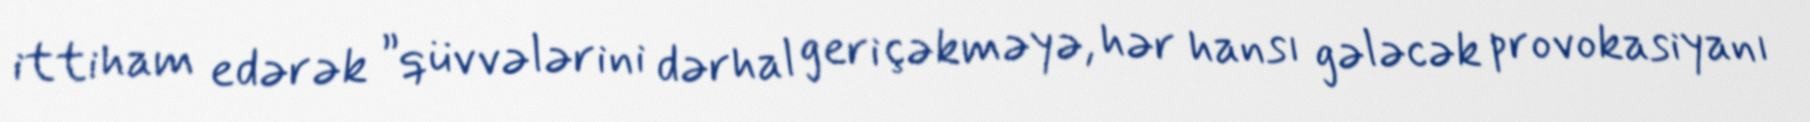
ittiham edərək ”qüvvələrini dərhal geri çəkməyə, hər hansı gələcək provokasiyanı